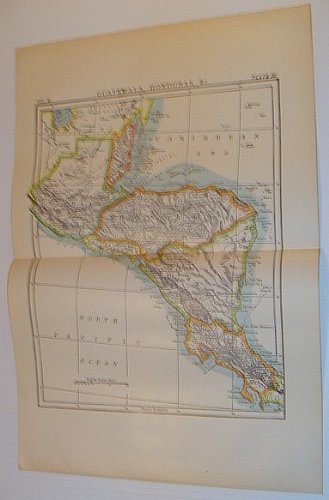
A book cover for Colour Map of "Guatemala, Honduras, &c" - Circa 1902; Author Not Stated; Travel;